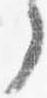
了